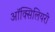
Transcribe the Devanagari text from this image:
ऑक्सिलियरी